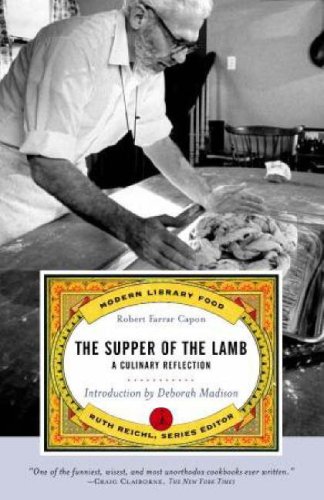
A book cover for The Supper of the Lamb: A Culinary Reflection (Modern Library Paperbacks); Robert Farrar Capon; Cookbooks, Food & Wine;